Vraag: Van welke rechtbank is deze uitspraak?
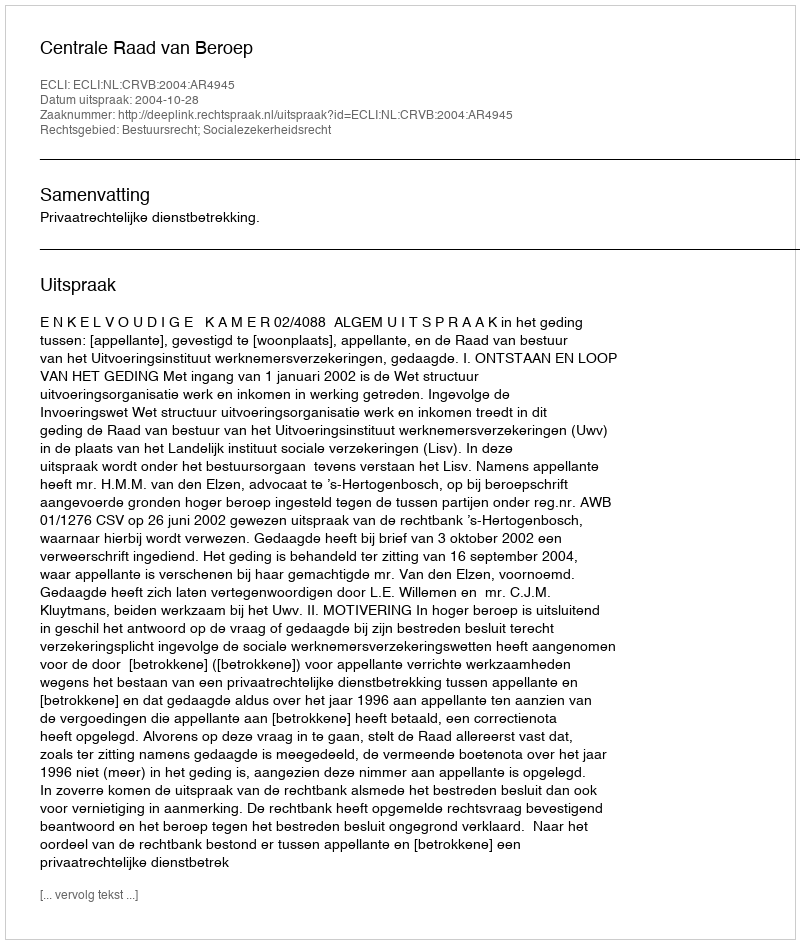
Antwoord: Centrale Raad van Beroep